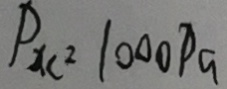
P _ { x c ^ { 2 } } 1 0 0 0 P a